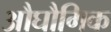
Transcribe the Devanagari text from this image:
औघौगिक